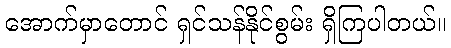
အောက်မှာတောင် ရှင်သန်နိုင်စွမ်း ရှိကြပါတယ်။